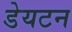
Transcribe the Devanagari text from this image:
डेयटन